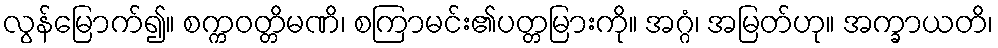
လွန်မြောက်၍။ စက္ကဝတ္တိမဏိ၊ စကြာမင်း၏ပတ္တမြားကို။ အဂ္ဂံ၊ အမြတ်ဟု။ အက္ခာယတိ၊